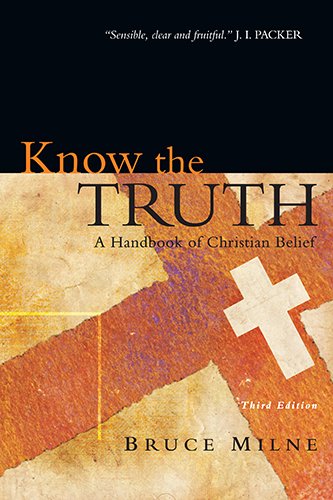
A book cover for Know the Truth: A Handbook of Christian Belief; Bruce Milne; Christian Books & Bibles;